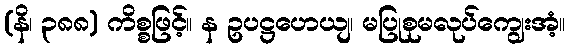
(နိ၊ ၃၈၈) ကိစ္စဖြင့်။ န ဥပဋ္ဌဟေယျ၊ မပြုစုမလုပ်ကျွေးအံ့။